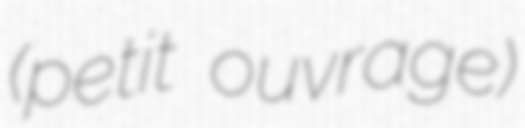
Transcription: (petit ouvrage)